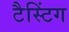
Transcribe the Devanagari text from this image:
टैस्टिंग